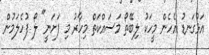
އަޅުގަނޑު އެހެން މީހަކު ލިބޭތޯ މަސައްކަތް މިހާރު މި ފަށަނީ" ލޯ ފުހެލަމުން